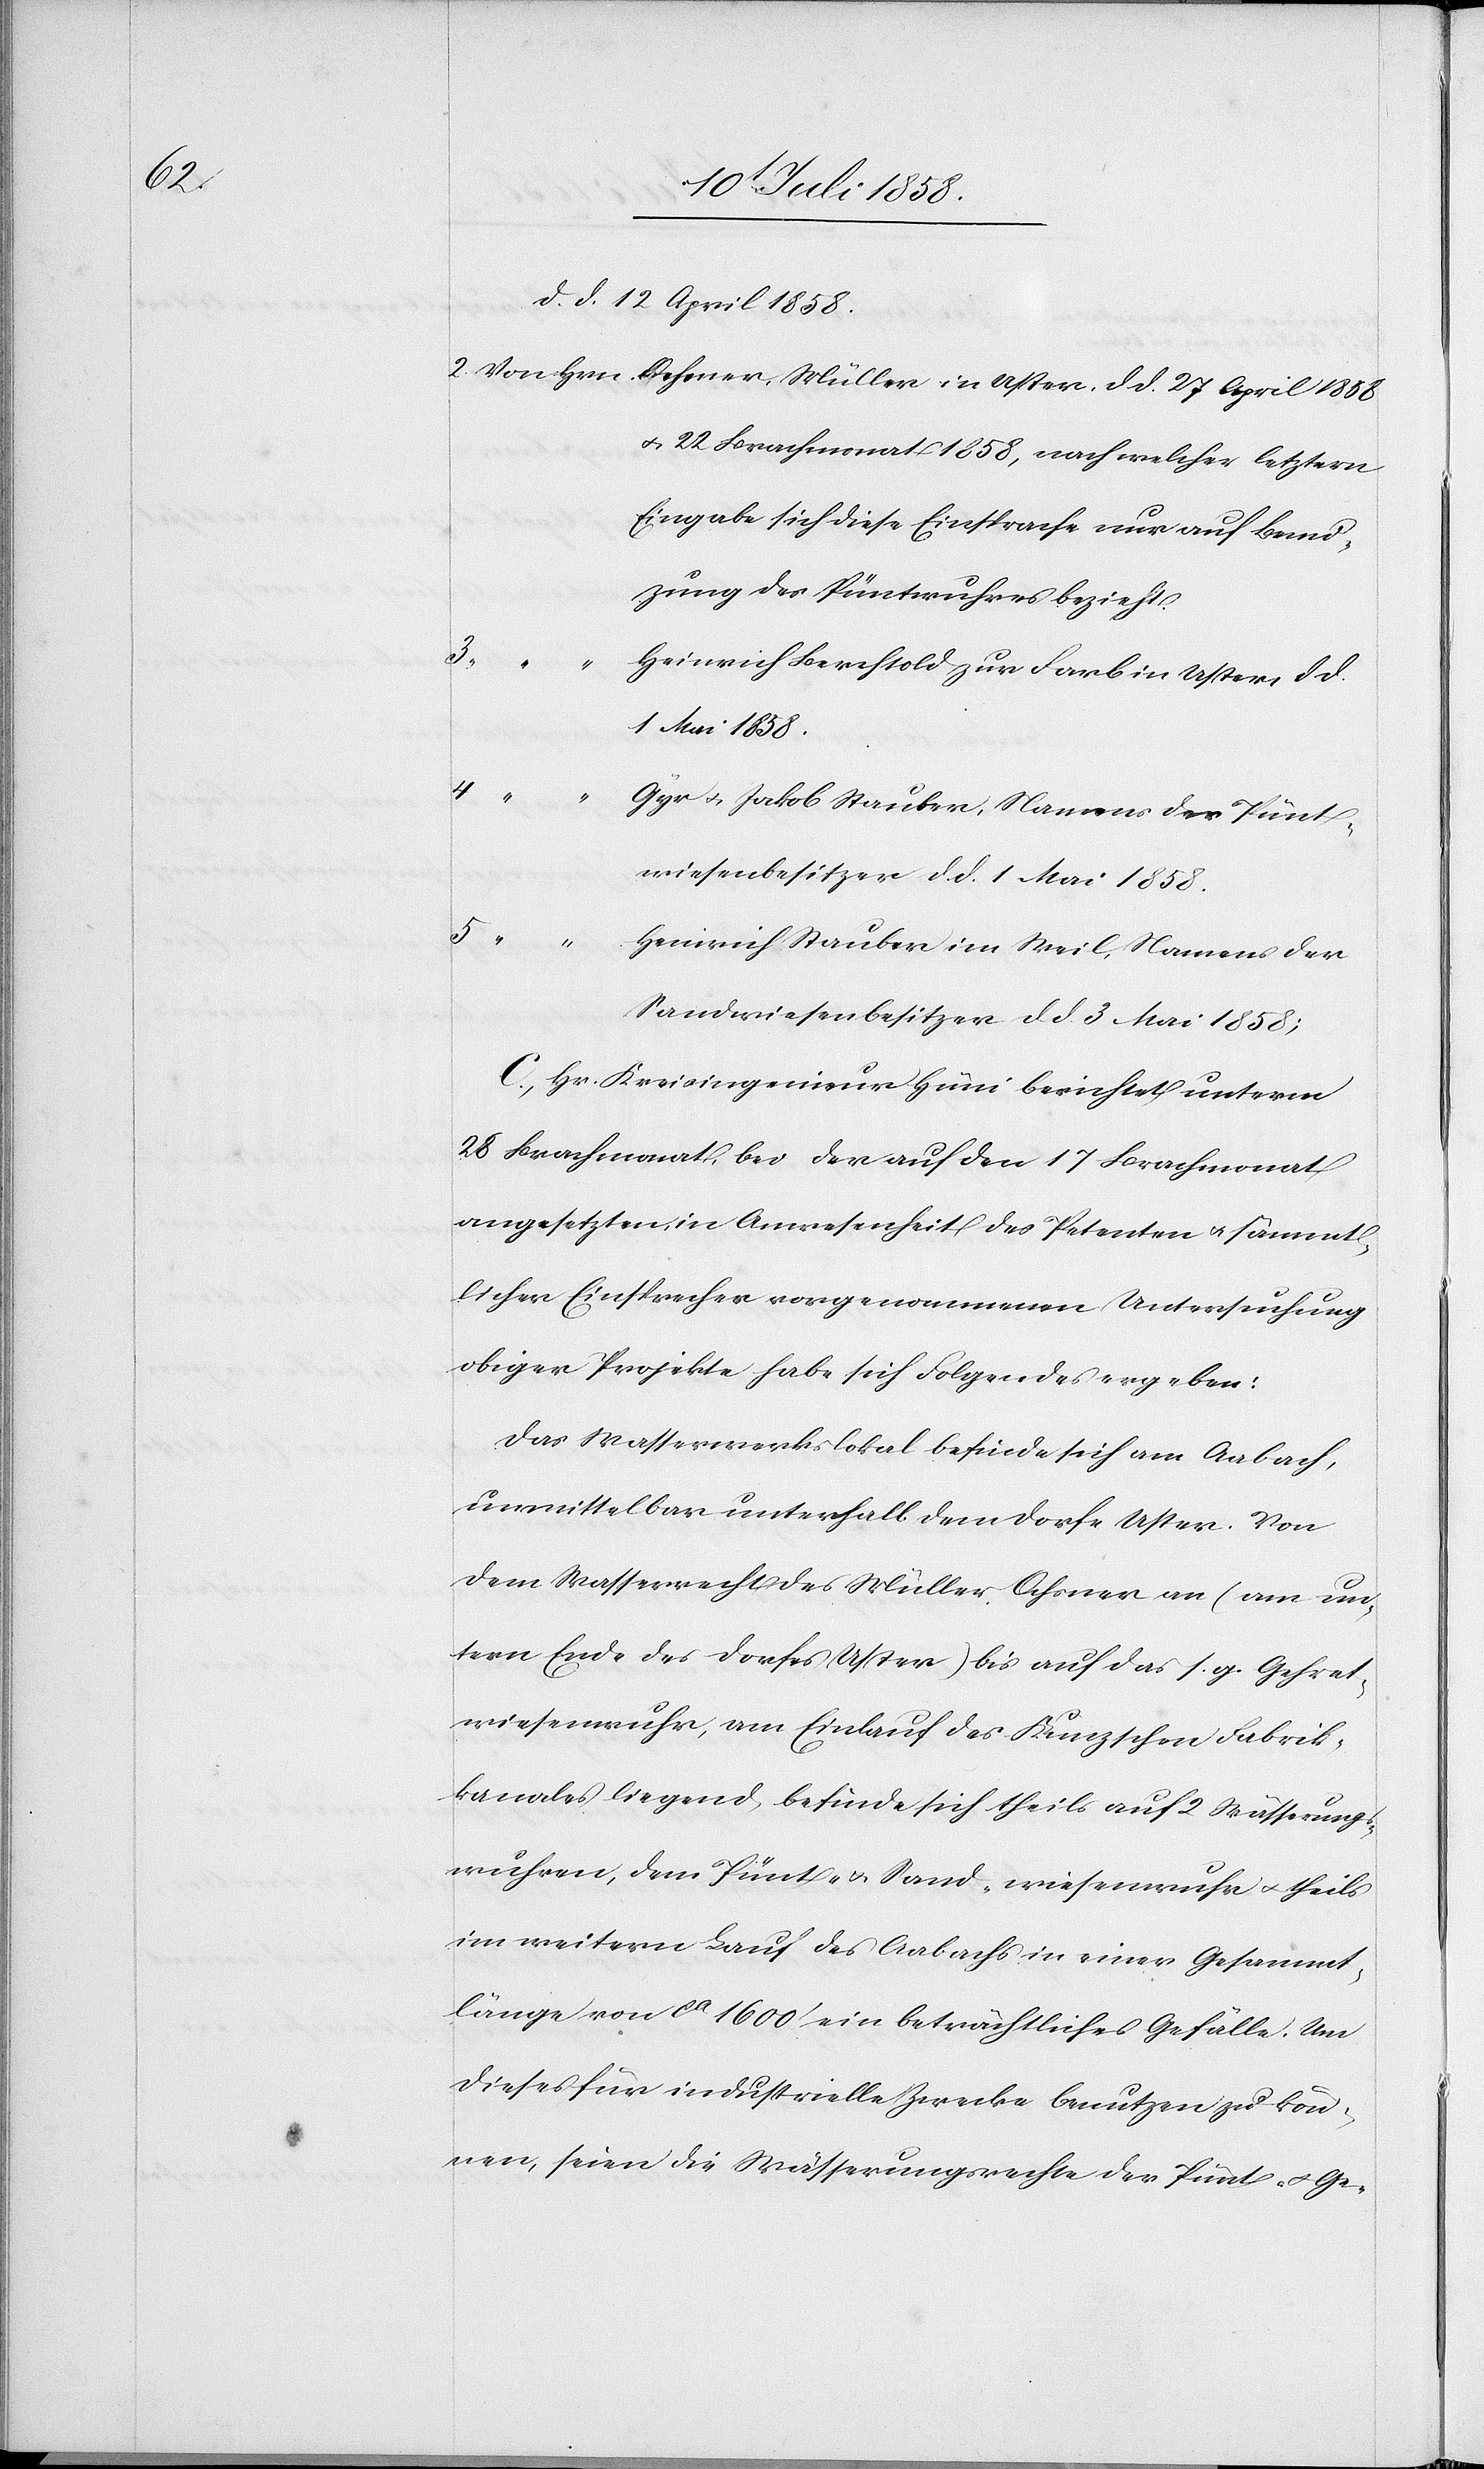
d. d. 27 April 1858
& 22 Brachmonat 1858, nach welcher letztern
Eingabe sich diese Einsprache nur auf Benu¬
tzung des Püntwuhres bezieht.
3.
in Uster,
“
Heinrich Berchtold zur Farb in Uster, d. d.
1 Mai 1858.
4
Gyr & Jakob Stauber, Namens der Pünt¬
wiesenbesitzer d. d. 1 Mai 1858.
“ “
Heinrich Stauber im Weil, Namens der
Sandwiesenbesitzer d. d. 3 Mai 1858;
C. Hr. Kreisingenieur Hüni berichtet unterm
28 Brachmonat, bei der auf den 17 Brachmonat
angesetzten, in Anwesenheit des Petenten & sämmt¬
licher Einsprecher vorgenommenen Untersuchung
obiger Projekte habe sich Folgendes ergeben:
Das Wasserwerkslokal befinde sich am Aabach,
unmittelbar unterhalb dem Dorfe Uster. Von
dem Wasserrecht des Müller Ochsner an (am un¬
tern Ende des Dorfes Uster) bis auf das s. g. Gehret¬
wiesenwuhr, am Einlauf des Kunzschen Fabrik¬
kanales liegend, befinde sich theils auf 2 Wässerungs¬
wuhren, dem Pünt- & Sand-wiesenwuhr & theils
im weitern Lauf des Aabachs in einer Gesammt¬
länge von ca 1600‘ ein beträchtliches Gefälle. Um
dieses für industrielle Zwecke benutzen zu kön¬
nen, seien die Wässerungsrechte der Pünt- & Ge-